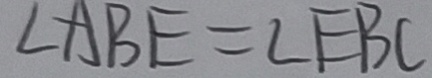
\angle A B E = \angle E B C